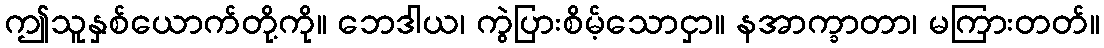
ဤသူနှစ်ယောက်တို့ကို။ ဘေဒါယ၊ ကွဲပြားစိမ့်သောငှာ။ နအာက္ခာတာ၊ မကြားတတ်။